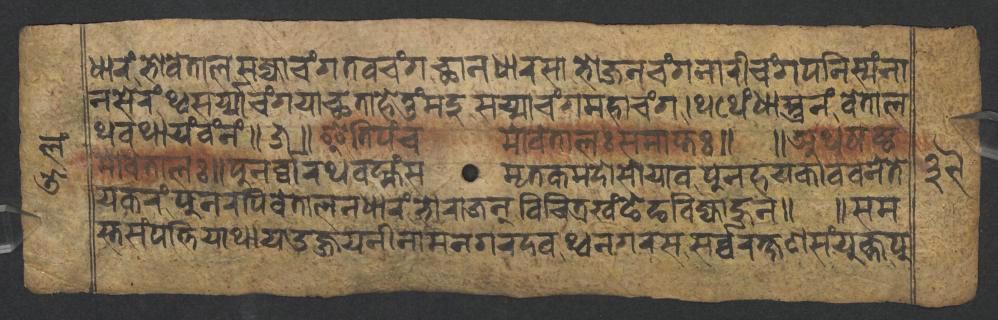
𑐢𑐵𑐬𑑄𑐨𑑀𑐰𑐾𑐟𑐵𑐮𑐳𑐖𑑂𑐫𑐵𑐔𑑄𑐐𑐟𑐰𑐔𑑄𑐐𑐕𑐵𑐣𑐢𑐵𑐬𑐳𑐵𑐨𑑀𑐖𑐣𑐔𑑄𑐐𑐣𑐵𑐬𑐷𑐔𑑄𑐐𑐥𑐣𑐶𑐳𑑂𑐫𑑄𑐣𑐵 𑐣𑐳𑐾𑐬𑑄𑐠𑑂𑐰𑐳𑐬𑑂𑐫𑑂𑐫𑐵𑐔𑑄𑐐𑐫𑐵𑐕𑐟𑐵𑐴𑐾𑐟𑐸𑑄𑐩𑐡𑐸𑐳𑐖𑑂𑐫𑐵𑐔𑑄𑐐𑐩𑐴𑐵𑐔𑑄𑐐𑑋𑐠𑐠𑐾𑑄𑐢𑐵𑐳𑑂𑐟𑐸𑐣𑑄𑐰𑐾𑐟𑐵𑐮 𑐠𑐰𑐠𑐵𑐫𑑄𑐰𑑄𑐣𑑄𑑌𑑕𑑌𑐂𑐟𑐶𑐥𑑄𑐔𑐩𑑀𑐰𑐾𑐟𑐵𑐮𑑅𑐳𑐩𑐵𑐥𑑂𑐟𑑅𑑌 𑑌𑐀𑐠𑐲𑐲𑑂𑐛 𑐩𑑀𑐰𑐾𑐟𑐵𑐮𑑅𑑌𑐥𑐸𑐣𑐬𑑂𑐰𑑂𑐰𑐵𑐬𑐠𑐰𑐩𑑂𑐴𑑄𑐳𑐩𑐺𑐟𑐎𑐩𑐡𑑀𑐳𑑀𑐫𑐵𑐰𑐥𑐸𑐣𑐴𑐫𑐎𑐵𑐰𑐰𑐣𑐾𑐟𑐾 𑐫𑐎𑐬𑑄𑐥𑐸𑐣𑐬𑐥𑐶𑐰𑐾𑐟𑐵𑐮𑐣𑐢𑐵𑐬𑑄𑐨𑑀𑐬𑐵𑐖𑐣𑑂𑐰𑐶𑐔𑐶𑐟𑑂𑐬𑐏𑑄𑐒𑐾𑐒𑐧𑐶𑐖𑑂𑐫𑐵𑐴𑐸𑐣𑑌 𑑌𑐳𑐩 𑐳𑑂𑐟𑐳𑑄𑐥𑐟𑑂𑐟𑐶𑐫𑐵𑐠𑐵𑐫𑑁𑐖𑑂𑐖𑐫𑐣𑐷𑐣𑐵𑐩𑐣𑐐𑐬𑐡𑐰𑐠𑑂𑐰𑐣𑐐𑐬𑐳𑐳𑐬𑑂𑐰𑑂𑐰𑐬𑐎𑑂𑐲𑐞𑐳𑑄𑐫𑐸𑐎𑑂𑐟𑐥𑐸